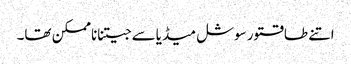
اتنے طاقتور سوشل میڈیاسے جیتناناممکن تھا۔